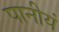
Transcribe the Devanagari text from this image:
पानीयं